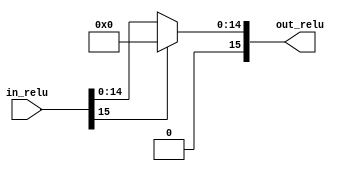
`timescale 1ns / 1ps


module ReLu#(parameter size_image = 8)(
    input signed [2*size_image-1:0] in_relu,
    output [2*size_image-1:0] out_relu
    );
    assign out_relu = (in_relu[2*size_image-1] == 0)? in_relu : 0;   //if the sign bit is high, send zero on the output else send the input
      
endmodule